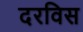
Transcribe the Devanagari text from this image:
दरविस